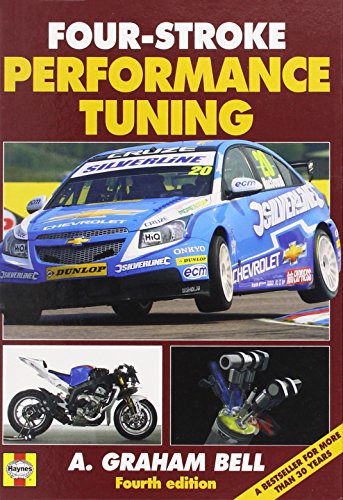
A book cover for Four-Stroke Performance Tuning: Fourth edition; A Graham Bell; Engineering & Transportation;